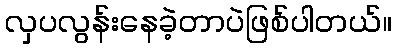
လှပလွန်းနေခဲ့တာပဲဖြစ်ပါတယ်။